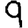
Digit: 9